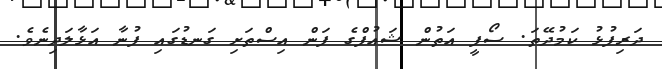
ދަރިފުޅު ކަމުދޭތަ. ސޯފީ އަތުން ޝައުފްގެ ފަން އިސްތަށި ގަނޑުގައި ފުނާ އަޅާލަދިނެވެ.